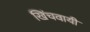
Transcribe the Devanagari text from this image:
खिंचवायी